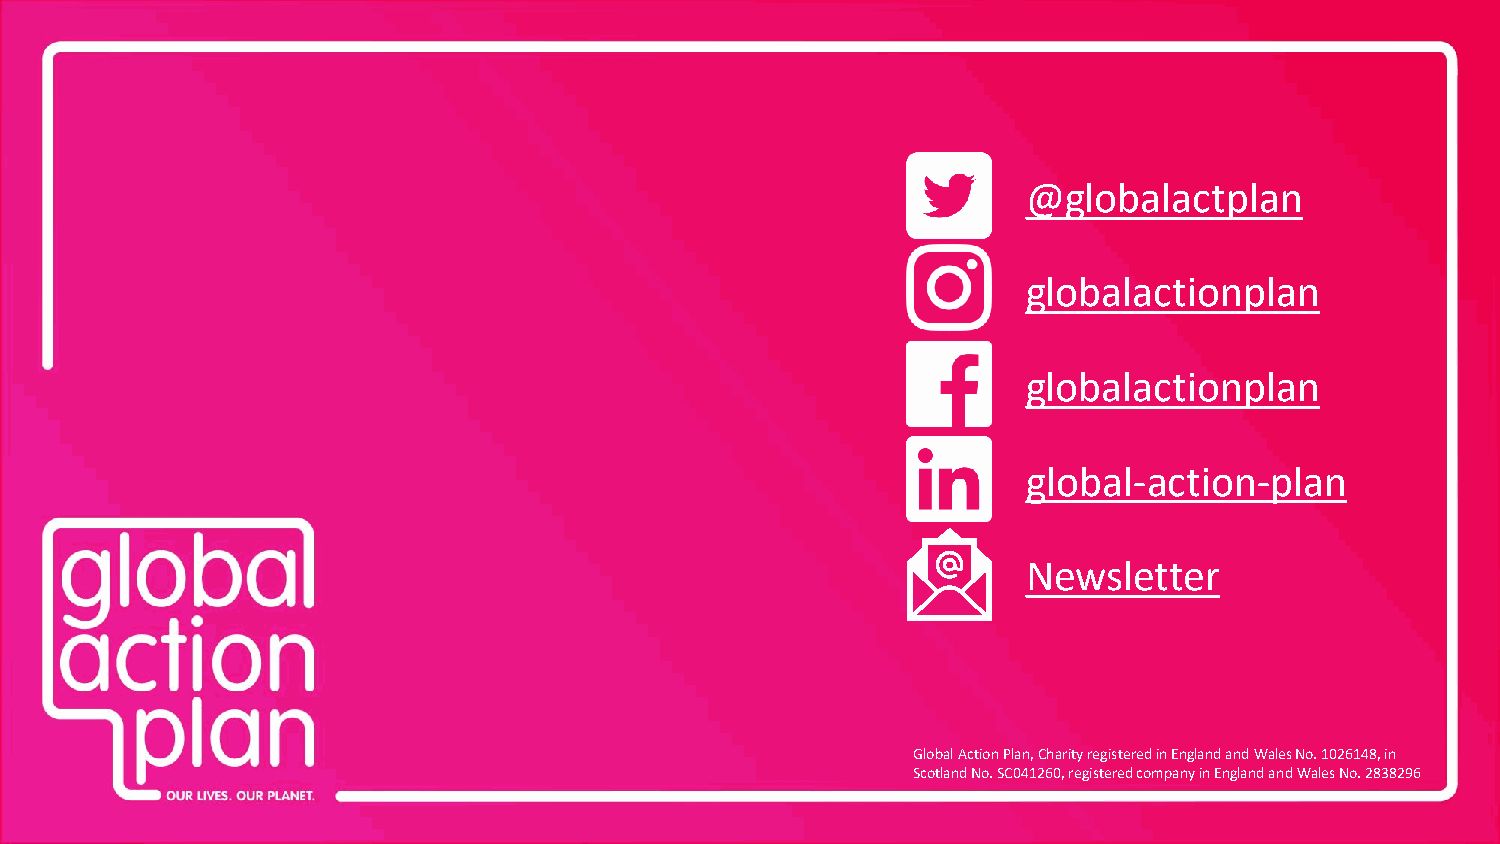
@globalactplan
 globalactionplan
 globalactionplan
 global-action-plan
 Newsletter
 Global Action Plan, Charity registered in England and Wales No. 1026148, in
 Scotland No. SC041260, registered company in England and Wales No. 2838296